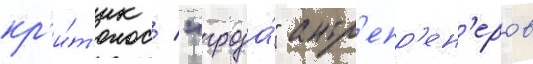
кр'и́т'ик / "гроза́" антр'епр'ен'еров